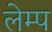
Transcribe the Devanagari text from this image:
लेम्प